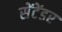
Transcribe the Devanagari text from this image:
सेंटेंडर